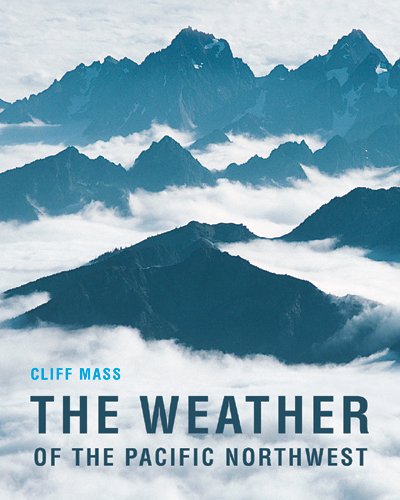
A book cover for The Weather of the Pacific Northwest (Samuel and Althea Stroum Books); Clifford Mass; Science & Math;